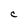
Character: C